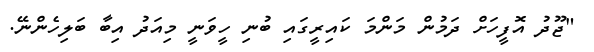
"ޖޫދު އޮފީހަށް ދަމުން މަންމަ ކައިރީގައި ބުނި ހީވަނީ މިއަދު އިބާ ބަލިހެންނޭ.